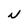
Character: N